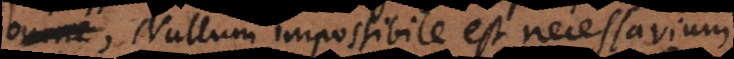
nullum impossibile est necessarium